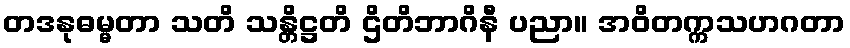
တဒနုဓမ္မတာ သတိ သန္တိဋ္ဌတိ ဌိတိဘာဂိနီ ပညာ။ အဝိတက္ကသဟဂတာ